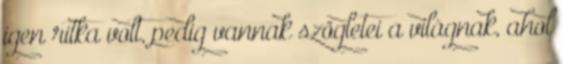
igen ritka volt, pedig vannak szögletei a világnak, ahol